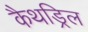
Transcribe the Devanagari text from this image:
कैथड्रिल